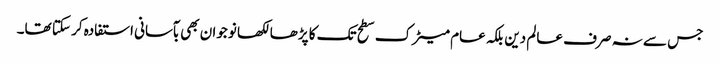
جس سے نہ صرف عالم دین بلکہ عام میٹرک سطح تک کا پڑھا لکھا نوجوان بھی بآسانی استفادہ کر سکتا تھا۔